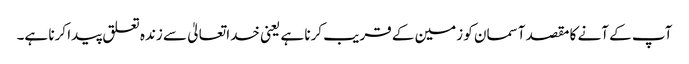
آپ کے آنے کا مقصد آسمان کو زمین کے قریب کرنا ہے یعنی خدا تعالیٰ سے زندہ تعلق پیدا کرنا ہے۔